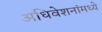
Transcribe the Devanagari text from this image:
अधिवेशनांमध्ये